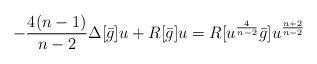
LaTeX: \begin{align*}- \frac {4(n-1)}{n-2} \Delta[\bar g] u+ R[\bar g]u = R[u^\frac 4{n-2} \bar g] u^\frac {n+2}{n-2}\end{align*}